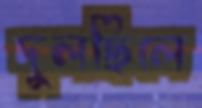
দুলছিলে